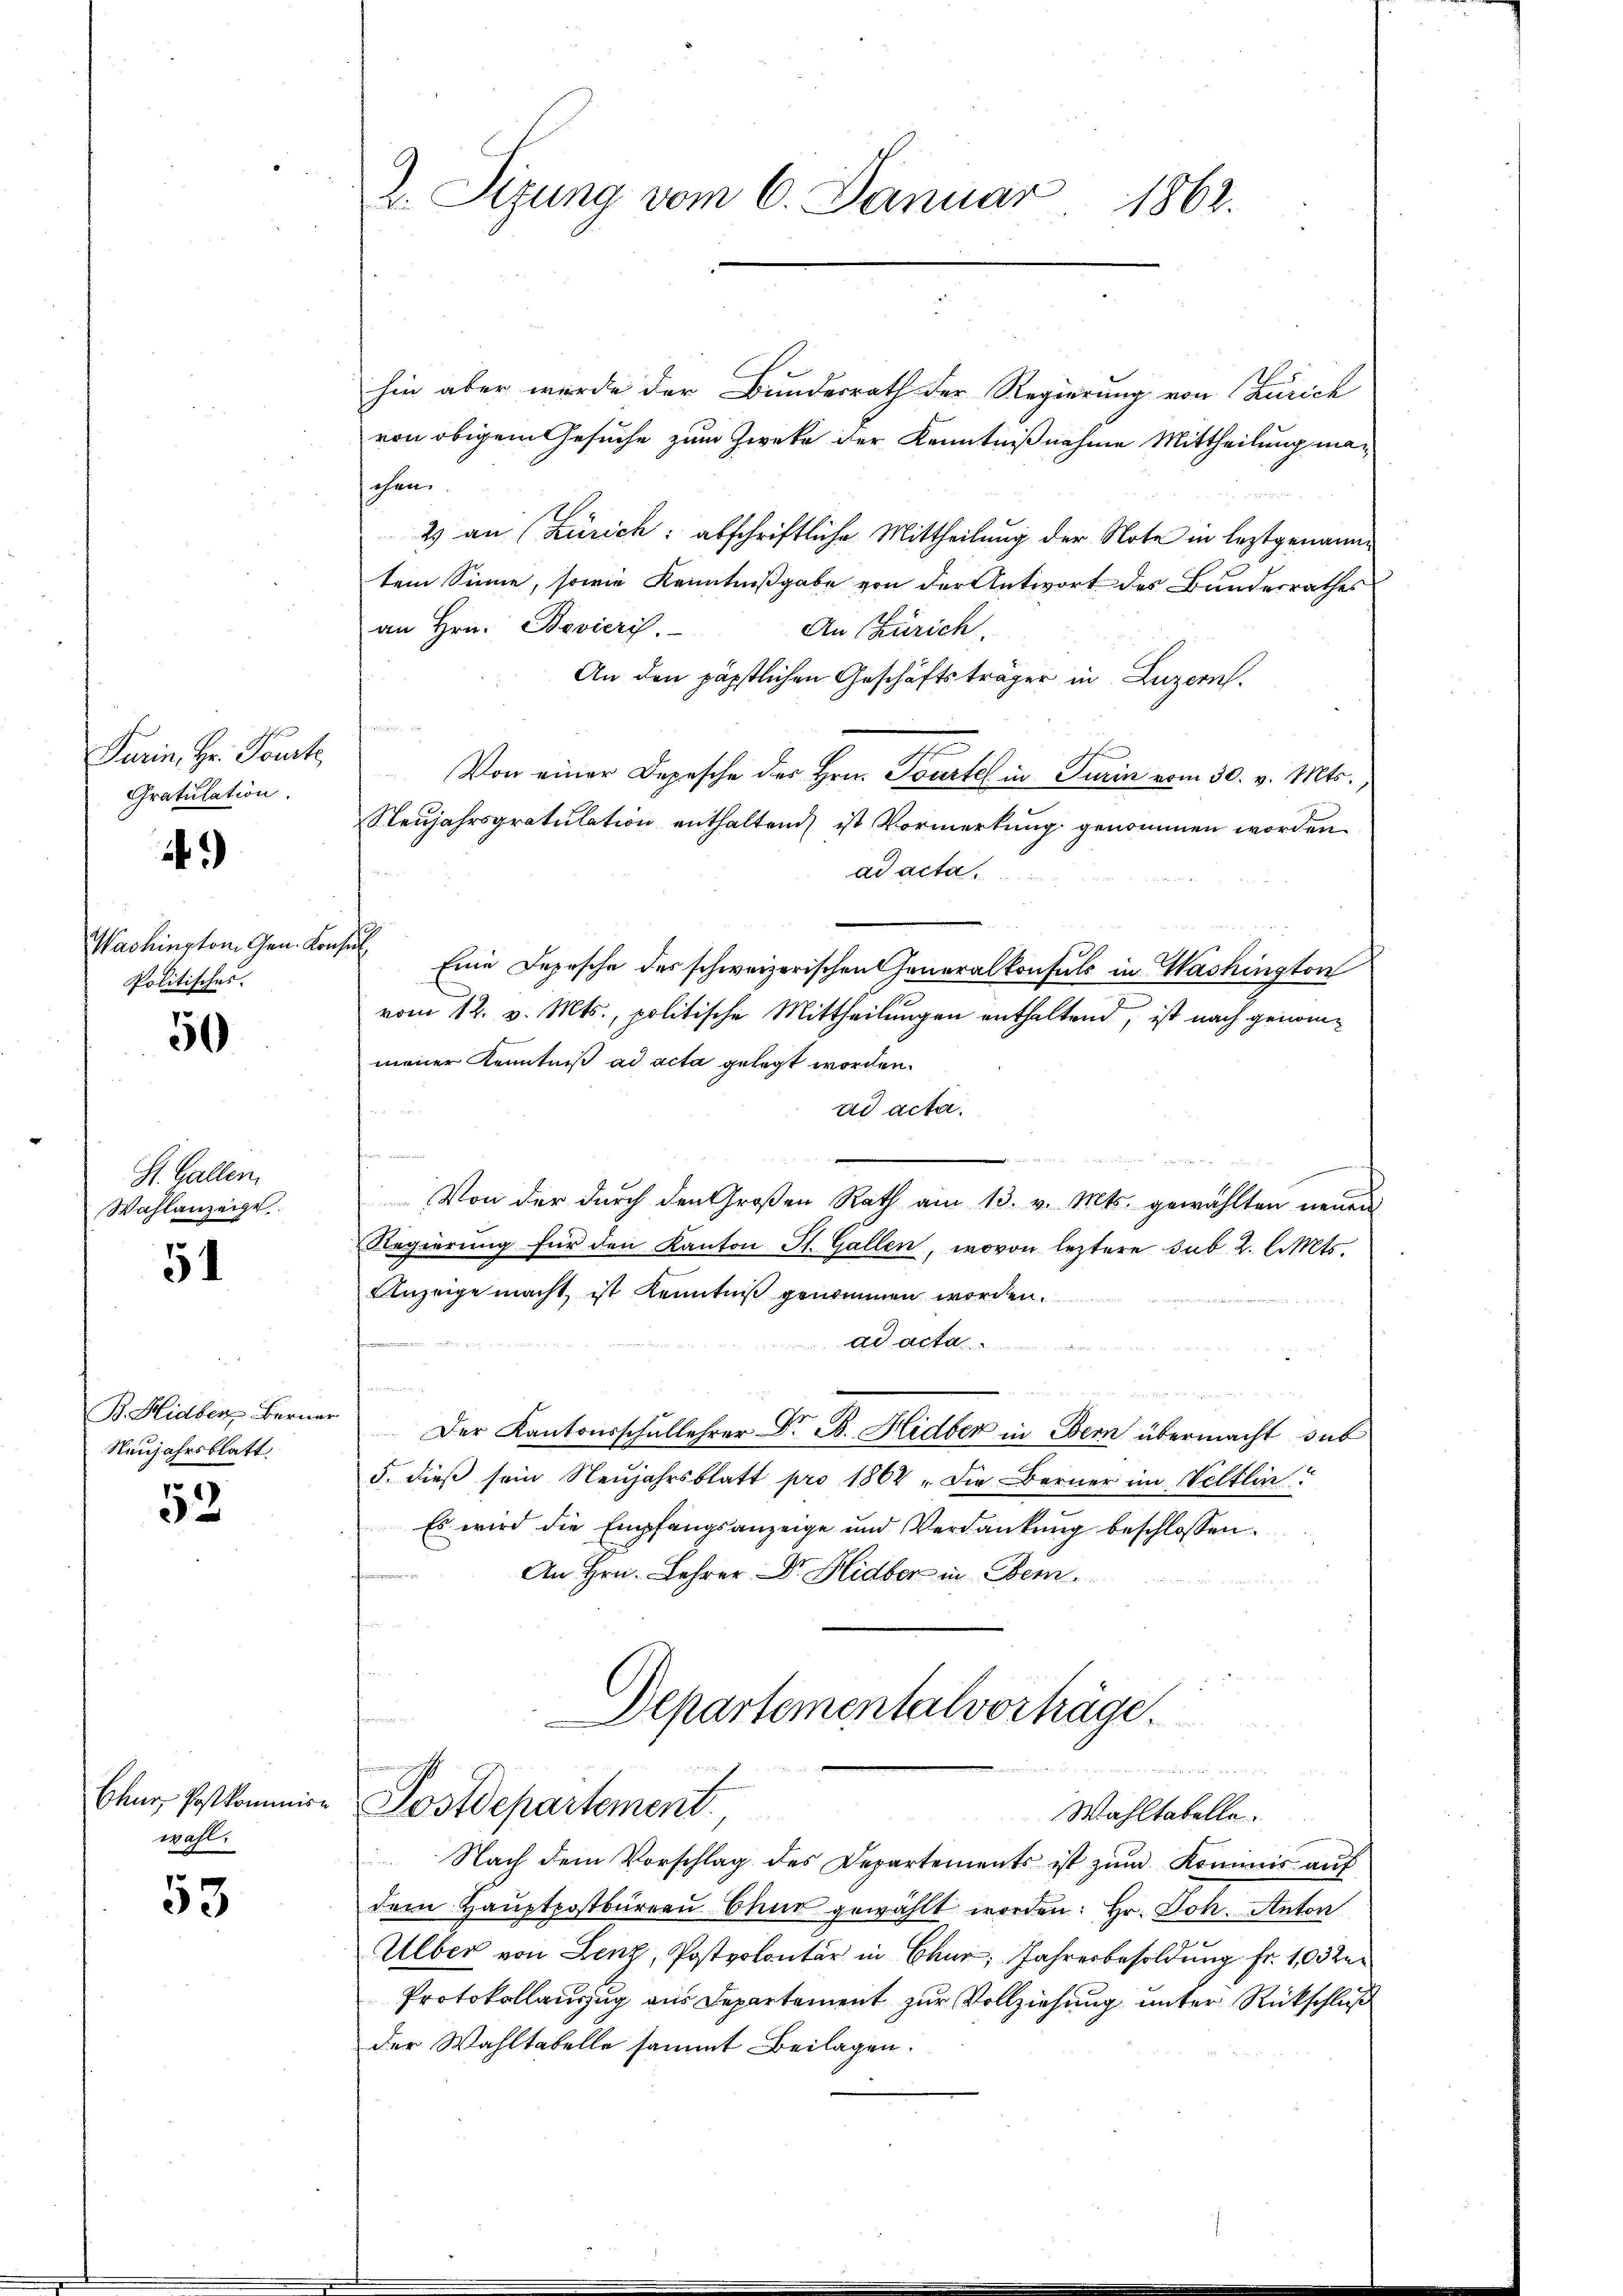
Turin, Hr. Pourt,
Gratulation.

.

Washington Gen. Konsul
Politisches.

50

St. Gallen
Wahlanzeige.

51

B. Hidber Berner
Neujahrsblatt.

52

Chur, Postkommiswahl.

53

2. Sizung vom 6. Januar 1862.

hin aber wurde der Bundesrath der Regierung von Zürich
von obigem Gesuche zum Zwecke der Kenntnißnahme Mittheilung maschen.
2) an (Zürich: abschriftliche Mittheilung der Note in leztgenanntem Sinne, sowie Kenntnißgabe von der Antwort des Bunderrathes
an Hrn. Bovicris
An Zürich.
An den päpstlichen Geschäftsträger in Luzern.

.
Von einer Depesche des Hrn. Tourtel in Turin vom 30. v. Mts.,
Steujahrsgratulation enthaltend ist Vormerkung genommen worden
ad acta.
Eine Depesche des schweizerischen Generalkonsuls in Washington
vom 12. v. Mts., politische Mittheilungen enthaltend, ist nach genommener Kenntniß ad acta gelegt worden.
ad acta.
e
Von der dŭrch den Großen Rath am 13. v. Mts. gewählten neŭen
Regierŭng für den Kanton St. Gallen, wovon leztere sub. 2. l. Mts.
Anzeige macht, ist kenntniß genommen worden.
ad acta
 an der
n
Der Kantonsschullehrer Dr. B. Hidber in Bern übermacht, sub
5. dieß sein Neujahrsblatt pro 1862 „Die Berner im Veltlin
Es wird die Empfangsanzeige und Verdankŭng beschlossen:

An Hrn. Lehrer Dr. Hidber in Bern

Departementalverhäge
.

Postdepartement.
Wahltatelle.

Nach dem Vorschlag des Departements ist zum Kommis auf
dem Hauptpostbüreau Chur gewählt worden: Hr. Joh. Anton
.
Ulber von Lenz, Postvolontär in Chur, Jahresbesoldung fr. 1032
Protokollauszug aus Departement zur Vollziehung unter Rückschluß
der Wahltabelle sammt Beilagen.